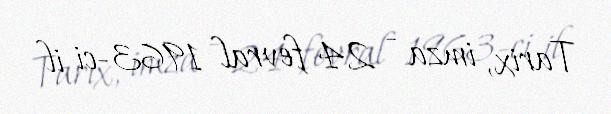
Tarix, imza - 24 fevral 1963-ci il